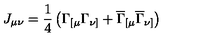
J _ { \mu \nu } = \frac 1 4 \left( \Gamma _ { [ \mu } \Gamma _ { \nu ] } + \overline { { \Gamma } } _ { [ \mu } \overline { { \Gamma } } _ { \nu ] } \right)